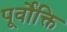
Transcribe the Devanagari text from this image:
पूर्वोक्ति